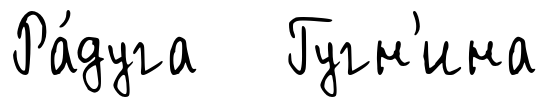
Ра́дуга Гугн'ина